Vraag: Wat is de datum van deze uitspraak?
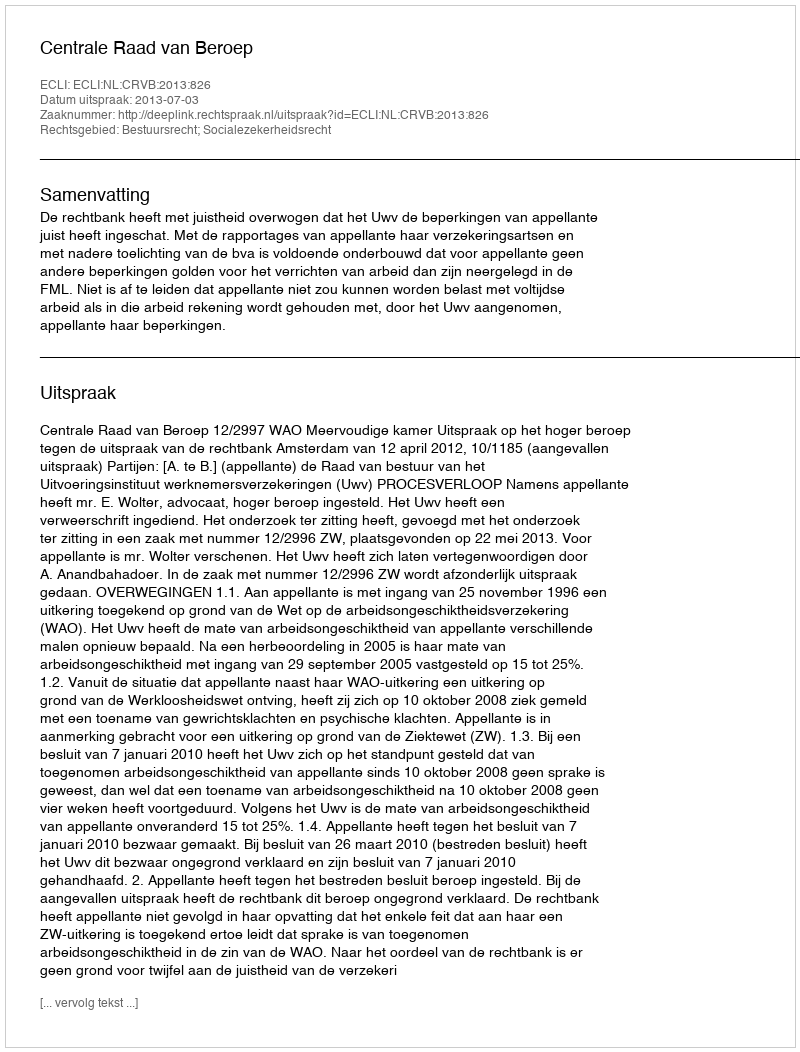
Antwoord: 2013-07-03